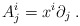
\begin{align*}A^{i}_{j} = x^{i}\partial _{j} \; .\end{align*}